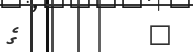
٩         ގެ